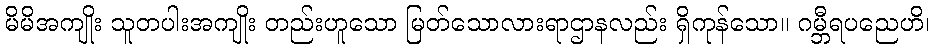
မိမိအကျိုး သူတပါးအကျိုး တည်းဟူသော မြတ်သောလားရာဌာနလည်း ရှိကုန်သော။ ဂမ္ဘီရပညေဟိ၊